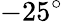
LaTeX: -25^{\circ}